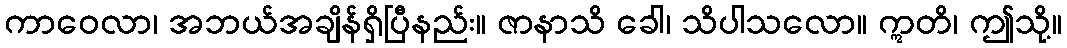
ကာဝေလာ၊ အဘယ်အချိန်ရှိပြီနည်း။ ဇာနာသိ ခေါ၊ သိပါသလော။ ဣတိ၊ ဤသို့။